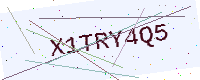
Text: X1TRY4Q5